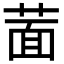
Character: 𦵀